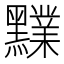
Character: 𪒲